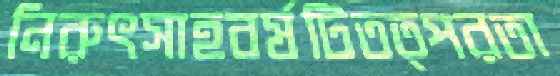
নিরুৎসাহবর্ষটিতত্পরতা